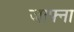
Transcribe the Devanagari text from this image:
जाफ्ना